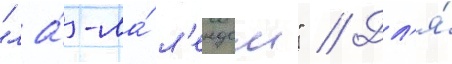
"ла́-ла́ л'ендом" // Дл'я́